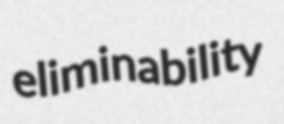
eliminability